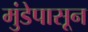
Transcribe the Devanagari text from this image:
मुंडेपासून